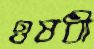
ওষধী